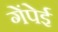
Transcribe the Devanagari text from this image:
गेंपेई